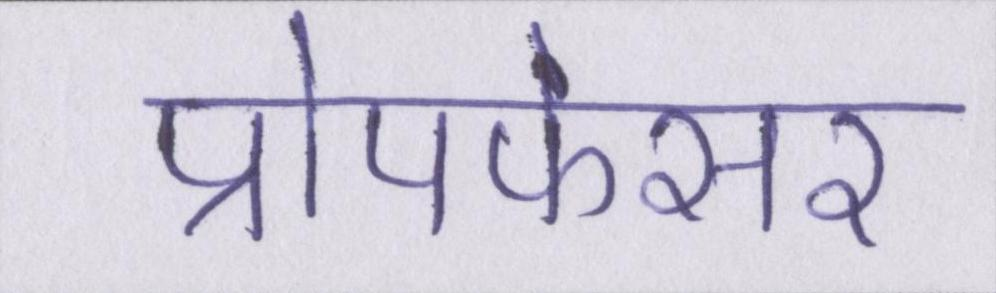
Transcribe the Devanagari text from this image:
प्रोपफेसर